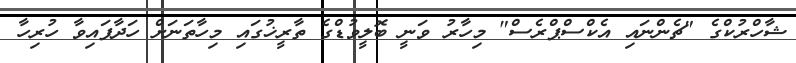
ޝާހްރުކްގެ "ޗެންނައި އެކްސްޕްރެސް" މިހާރު ވަނީ ބޮލީވުޑްގެ ތާރީޚުގައި މިހާތަނަށް ހަދާފައިވާ ހުރިހާ